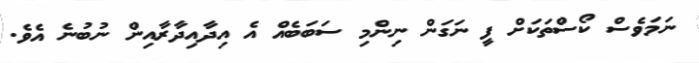
ނަމަވެސް ކޯސްތަކަށް ފީ ނަގަން ނިންމި ސަބަބެއް އެ އިދާއިދާރާއިން ނުބުނެ އެވެ.